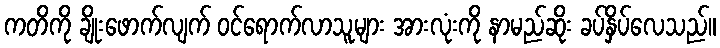
ကတိကို ချိုးဖောက်လျက် ဝင်ရောက်လာသူများ အားလုံးကို နာမည်ဆိုး ခပ်နှိပ်လေသည်။